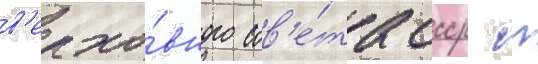
в'ерхо́вного сов'е́та ссср с